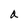
Character: a